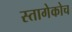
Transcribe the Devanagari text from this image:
स्तागेकोच